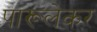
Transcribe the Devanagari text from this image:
पारूलेकर